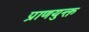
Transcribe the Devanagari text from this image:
प्राणयुक्त